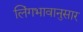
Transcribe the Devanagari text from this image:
लिंगभावानुसार